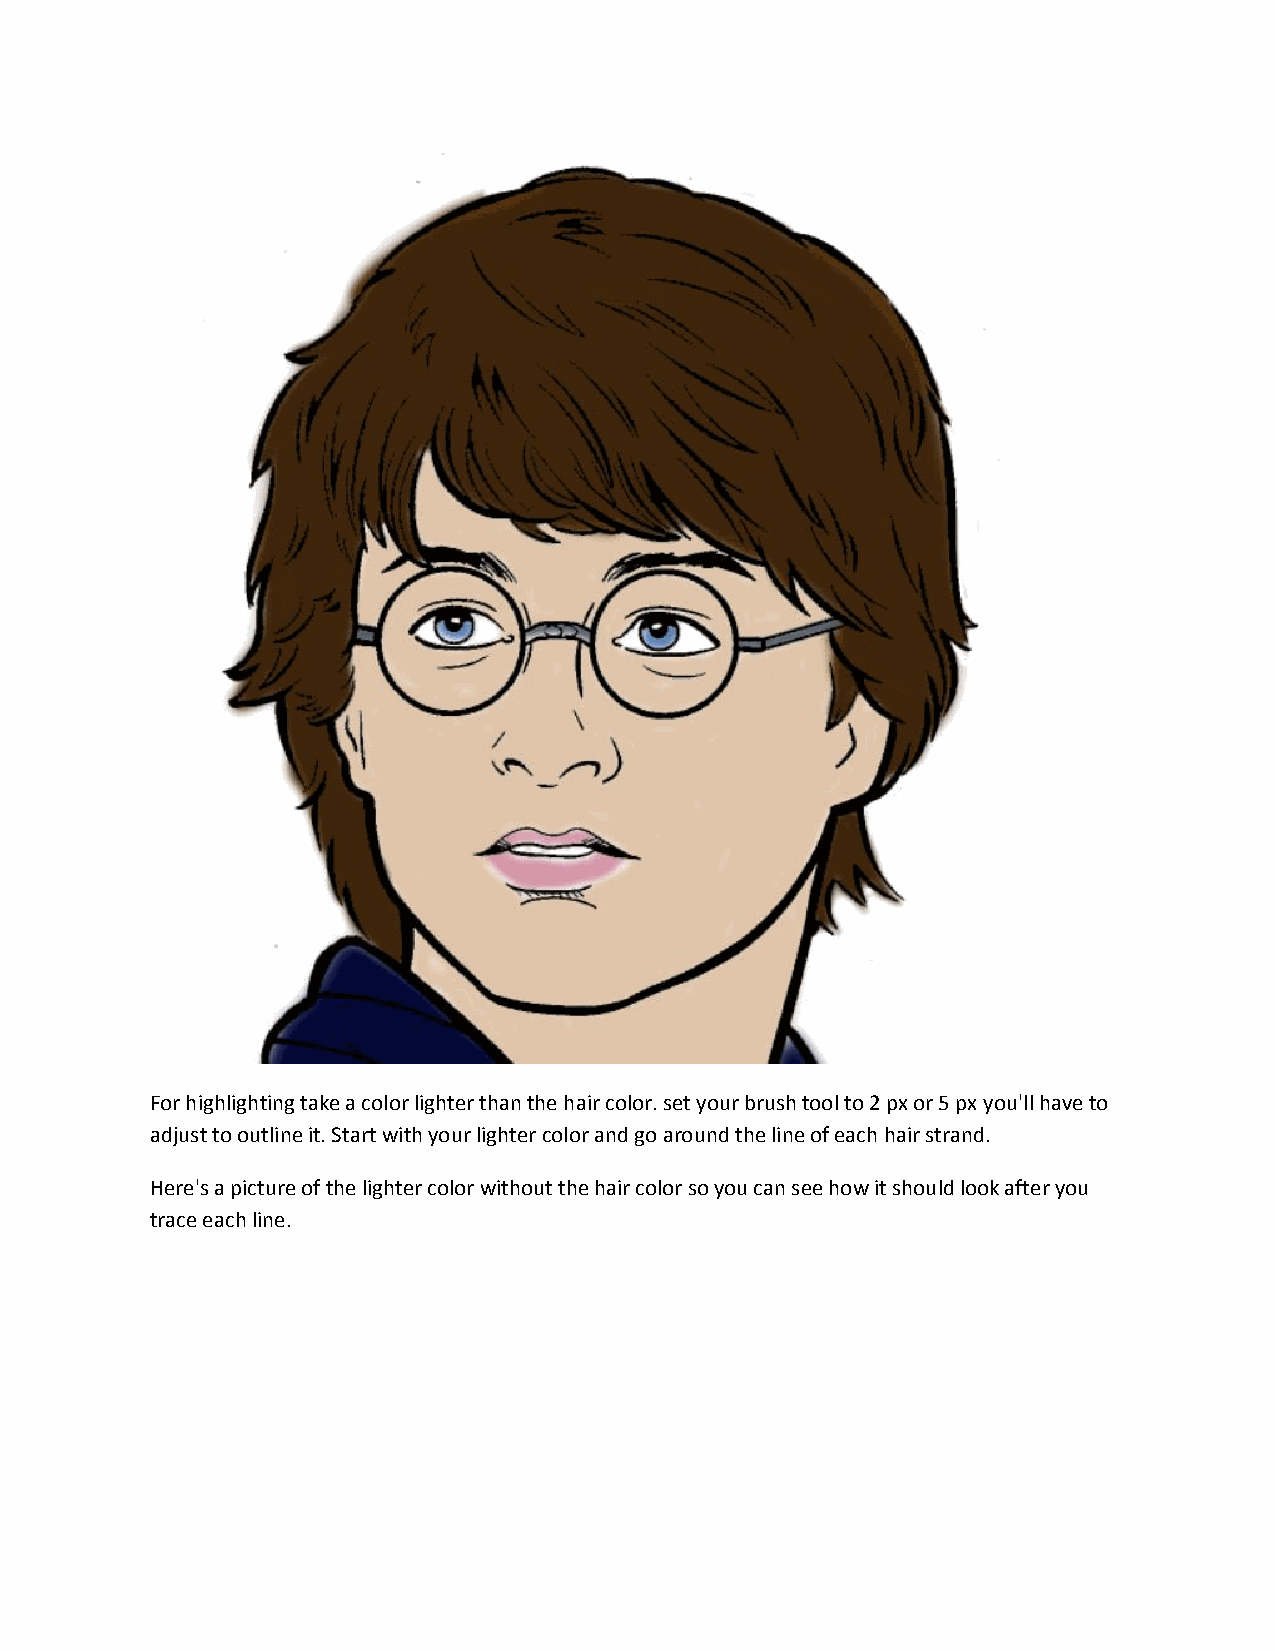
For highlighting take a color lighter than the hair color. set your brush tool to 2 px or 5 px you'll have to
 adjust to outline it. Start with your lighter color and go around the line of each hair strand.
 Here's a picture of the lighter color without the hair color so you can see how it should look after you
 trace each line.